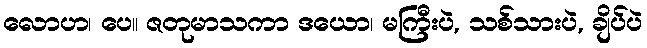
လောဟ၊ ပေ။ ဇတုမာသကာ ဒယော၊ မကြီးပဲ, သစ်သားပဲ, ချိပ်ပဲ